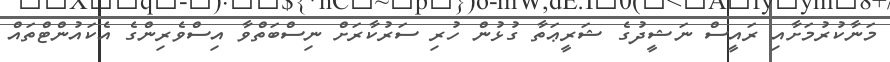
މަނާކުރުމަށާއި ރައީސް ނަޝީދުގެ ޝަރީޢަތާ ގުޅުން ހުރި ސަރުކާރަށް ނިސްބަތްވާ އިސްވެރިންގެ އެކައުންޓްތައް